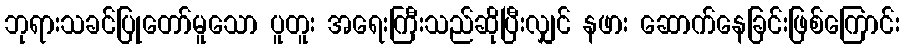
ဘုရားသခင်ပြုတော်မူသော ပူတူး အရေးကြီးသည်ဆိုပြီးလျှင် နဖား ဆောက်နေခြင်းဖြစ်ကြောင်း